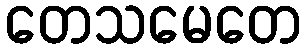
တေသမေတေ